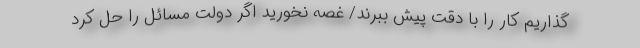
گذاریم کار را با دقت پیش ببرند/ غصه نخورید اگر دولت مسائل را حل کرد